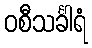
ဝစီသင်္ခါရံ